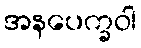
အနပေက္ခဝါ